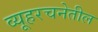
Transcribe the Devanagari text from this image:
व्यूहरचनेतील